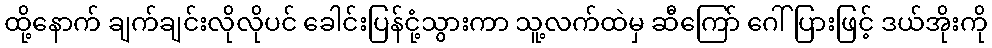
ထို့နောက် ချက်ချင်းလိုလိုပင် ခေါင်းပြန်ငုံ့သွားကာ သူ့လက်ထဲမှ ဆီကြော် ဂေါ်ပြားဖြင့် ဒယ်အိုးကို